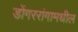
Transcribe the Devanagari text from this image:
डोंगररांगामधील